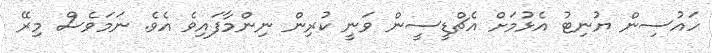
ހައުސިން ޔުނިޓު އެޅުމަށް އެޗްޑީސީން ވަނީ ކުރިން ނިންމާފައިވެ އެވެ. ނަމަވެސް މިރޭ